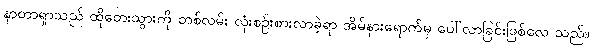
နာတာရှာသည် ထိုတေးသွားကို တစ်လမ်း လုံးစဉ်းစားလာခဲ့ရာ အိမ်နားရောက်မှ ပေါ်လာခြင်းဖြစ်လေ သည်။